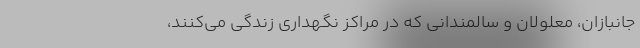
جانبازان، معلولان و سالمندانی که در مراکز نگهداری زندگی می‌کنند،